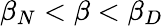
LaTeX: \beta_{N}<\beta<\beta_{D}